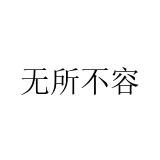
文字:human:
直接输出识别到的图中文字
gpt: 无所不容